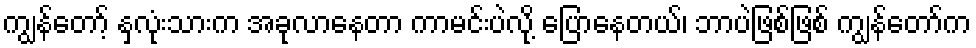
ကျွန်တော့် နှလုံးသားက အခုလာနေတာ ကာမင်းပဲလို့ ပြောနေတယ်၊ ဘာပဲဖြစ်ဖြစ် ကျွန်တော်က